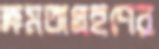
ক্ষমতাগ্রহণের